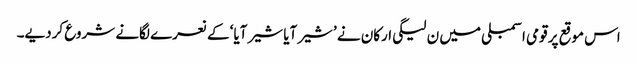
اس موقع پر قومی اسمبلی میں ن لیگی ارکان نے ’شیر آیا شیر آیا‘ کے نعرے لگانے شروع کردیے۔